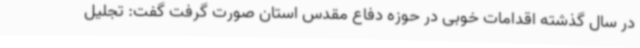
در سال گذشته اقدامات خوبی در حوزه دفاع مقدس استان صورت گرفت گفت: تجلیل